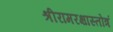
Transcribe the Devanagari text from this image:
श्रीरामरक्षास्तोत्रं